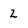
Character: 2